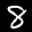
Label: 8